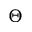
\Theta